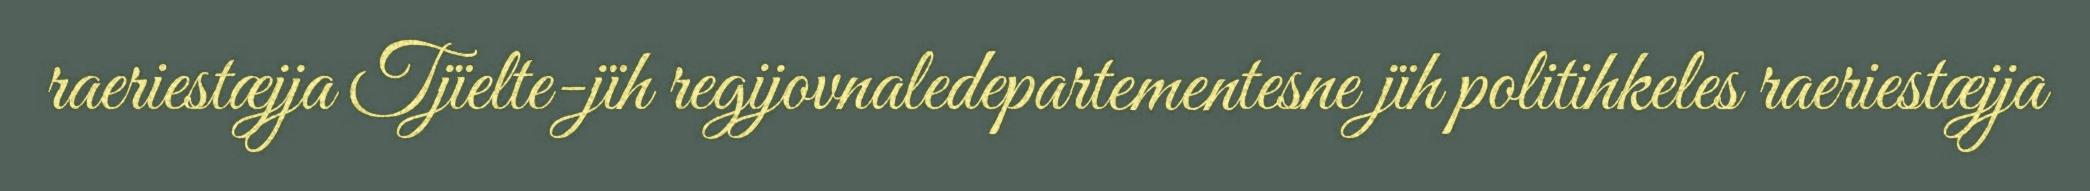
raeriestæjja Tjïelte-jïh regijovnaledepartementesne jïh politihkeles raeriestæjja